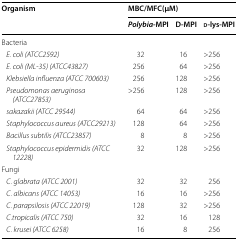
| <ROWSPAN=2> Organism | <COLSPAN=3> MBC/MFC(μM) |
 | Polybia-MPI | D-MPI | d-lys-MPI |
 | --- | --- | --- | --- |
 | <COLSPAN=4> Bacteria |
 | E. coli (ATCC2592) | 32 | 16 | >256 |
 | E. coli (ML-35) (ATCC43827) | 256 | 64 | >256 |
 | Klebsiella influenza (ATCC 700603) | 256 | 128 | >256 |
 | Pseudomonas aeruginosa (ATCC27853) | >256 | 128 | >256 |
 | sakazakii (ATCC 29544) | 64 | 64 | >256 |
 | Staphylococcus aureus (ATCC29213) | 128 | 64 | >256 |
 | Bacillus subtilis (ATCC23857) | 8 | 8 | >256 |
 | Staphylococcus epidermidis (ATCC 12228) | 32 | 128 | >256 |
 | <COLSPAN=4> Fungi |
 | C. glabrata (ATCC 2001) | 32 | 32 | 256 |
 | C. albicans (ATCC 14053) | 16 | 16 | >256 |
 | C. parapsilosis (ATCC 22019) | 128 | 32 | >256 |
 | C.tropicalis (ATCC 750) | 32 | 16 | 128 |
 | C. krusei (ATCC 6258) | 16 | 8 | 256 |